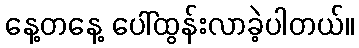
နေ့တနေ့ ပေါ်ထွန်းလာခဲ့ပါတယ်။